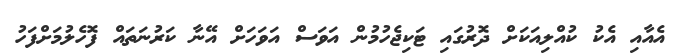
އެއާއި އެކު ކުއްލިއަކަށް ދޮރުގައި ޓަކިޖެހުމުން އަވަސް އަވަހަށް އޭނާ ކަރުނަތައް ފޮހެލުމަށްފަހު